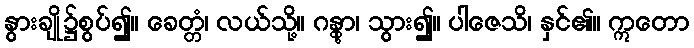
နွားချို၌စွပ်၍။ ခေတ္တံ၊ လယ်သို့။ ဂန္တွာ၊ သွား၍။ ပါဇေသိ၊ နှင်၏။ ဣတော